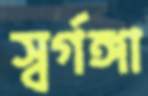
স্বর্গঙ্গা